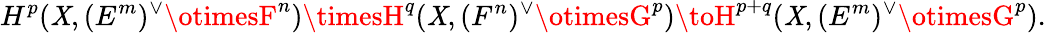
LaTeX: H^{p}(\mathit{X},(E^{m})^{\vee}\otimesF^{n})\timesH^{q}(\mathit{X},(F^{n})^{\vee}\otimesG^{p})\toH^{p+q}(\mathit{X},(E^{m})^{\vee}\otimesG^{p}).